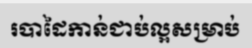
របាដៃកាន់ជាប់ល្អសម្រាប់